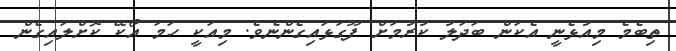
ތިބެމެ މިއުޅެނީ އެކަން ބަދަލު ކުރުމަށް ފޫގަޅައިގެންނެވެ. މިއަކީ ހަމަ އޯކޭ ކޮށްލައިގެން